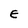
Character: E